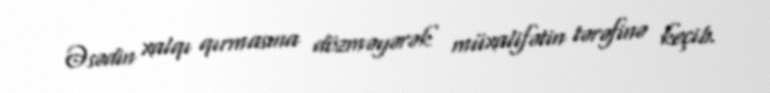
Əsədin xalqı qırmasına dözməyərək müxalifətin tərəfinə keçib.